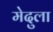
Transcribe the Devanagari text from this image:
मेदुला